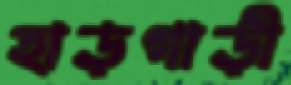
হাড়গাড়ী